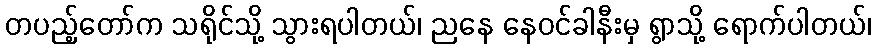
တပည့်တော်က သရိုင်သို့ သွားရပါတယ်၊ ညနေ နေဝင်ခါနီးမှ ရွာသို့ ရောက်ပါတယ်၊